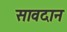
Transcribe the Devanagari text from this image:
सावदान